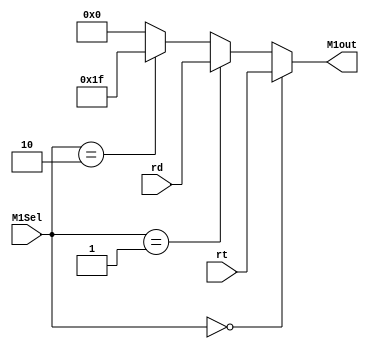
`timescale 1ns / 1ps
//////////////////////////////////////////////////////////////////////////////////
// Company: 
// Engineer: 
// 
// Design Name: 
// Module Name:    MUX1 
// Project Name: 
// Target Devices: 
// Tool versions: 
// Description: 
//
// Dependencies: 
//
// Revision: 
// Revision 0.01 - File Created
// Additional Comments: 
//
//////////////////////////////////////////////////////////////////////////////////
module MUX1(
    input [4:0] rt,
    input [4:0] rd,
    input [1:0] M1Sel,
    output [4:0] M1out
    );
	 
	 assign M1out = (M1Sel==2'b00)? rt :
	                (M1Sel==2'b01)? rd :
						 (M1Sel==2'b10)? 31 :
						                    5'b00000; 

endmodule